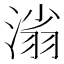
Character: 𣺟